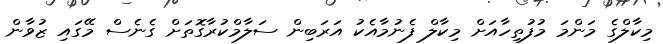
މިކާލްގެ މަންމަ މުފުތިހާއަށް މިކާލް ފެނުމާއެކު އަރަބިން ސަލާމްކުރާގޮތަށް ގެނެސް މޭގައި ޒުވާން